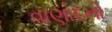
વાણોદનો